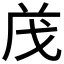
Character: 𭟱